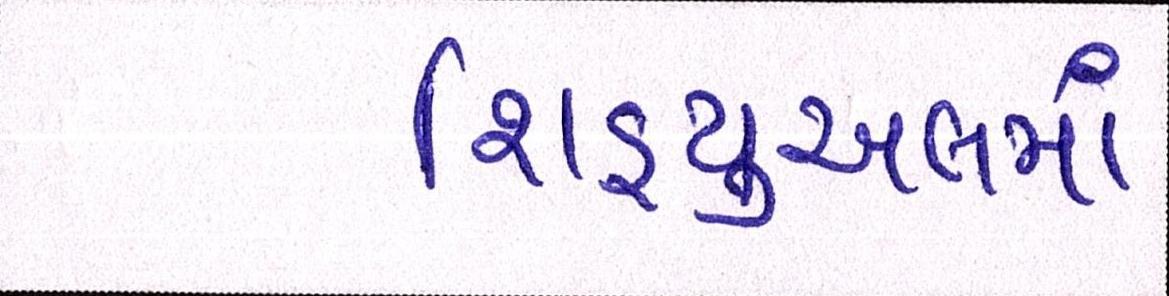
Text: શિડ્યુઅલમાં